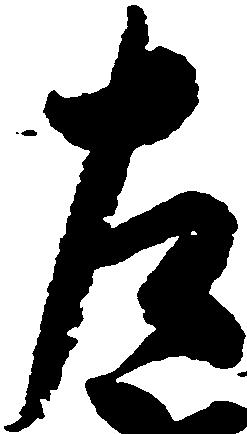
左